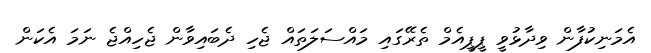
އެމަނިކުފާން ވިދާޅުވީ ޕީޕީއެމް ތެރޭގައި މައްސަލަތައް ޖެހި ދެބައިވާން ޖެހިއްޖެ ނަމަ އެކަން